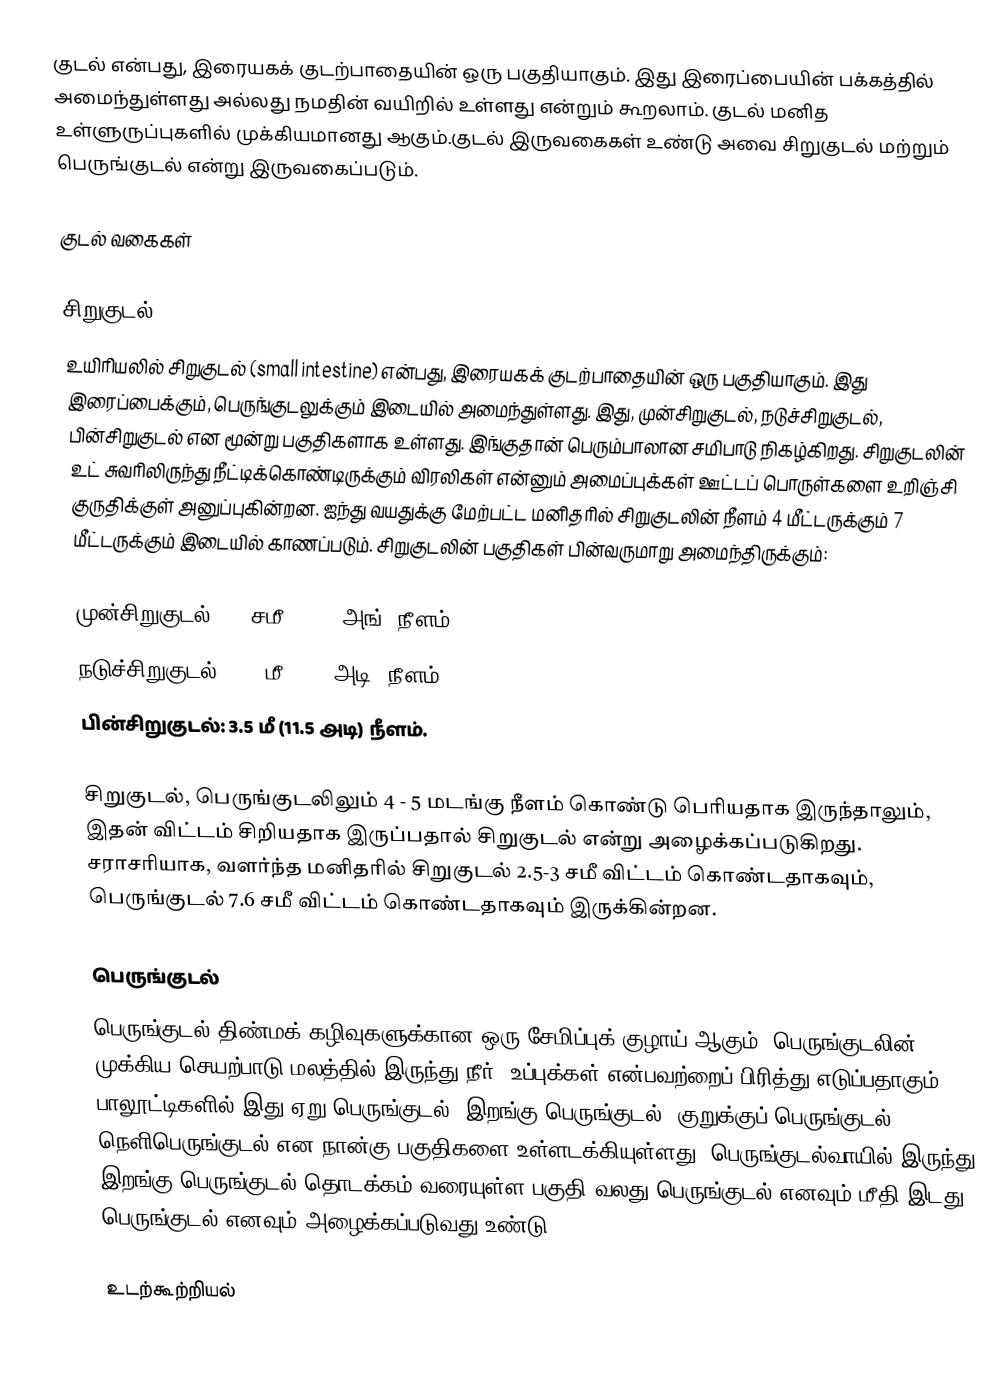
குடல் என்பது, இரையகக் குடற்பாதையின் ஒரு பகுதியாகும். இது இரைப்பையின் பக்கத்தில் அமைந்துள்ளது அல்லது நமதின் வயிறில் உள்ளது என்றும் கூறலாம். குடல் மனித உள்ளுருப்புகளில் முக்கியமானது ஆகும்.குடல் இருவகைகள் உண்டு அவை சிறுகுடல் மற்றும் பெருங்குடல் என்று இருவகைப்படும்.

குடல் வகைகள்

சிறுகுடல்
உயிரியலில் சிறுகுடல் (small intestine) என்பது, இரையகக் குடற்பாதையின் ஒரு பகுதியாகும். இது இரைப்பைக்கும், பெருங்குடலுக்கும் இடையில் அமைந்துள்ளது. இது, முன்சிறுகுடல், நடுச்சிறுகுடல், பின்சிறுகுடல் என மூன்று பகுதிகளாக உள்ளது. இங்குதான் பெரும்பாலான சமிபாடு நிகழ்கிறது. சிறுகுடலின் உட் சுவரிலிருந்து நீட்டிக்கொண்டிருக்கும் விரலிகள் என்னும் அமைப்புக்கள் ஊட்டப் பொருள்களை உறிஞ்சி குருதிக்குள் அனுப்புகின்றன. ஐந்து வயதுக்கு மேற்பட்ட மனிதரில் சிறுகுடலின் நீளம் 4 மீட்டருக்கும் 7 மீட்டருக்கும் இடையில் காணப்படும். சிறுகுடலின் பகுதிகள் பின்வருமாறு அமைந்திருக்கும்:

 முன்சிறுகுடல்: 26 சமீ (9.84 அங்) நீளம்.
 நடுச்சிறுகுடல்: 2.5 மீ (8.2 அடி) நீளம்.
 பின்சிறுகுடல்: 3.5 மீ (11.5 அடி) நீளம்.

சிறுகுடல், பெருங்குடலிலும் 4 - 5 மடங்கு நீளம் கொண்டு பெரியதாக இருந்தாலும், இதன் விட்டம் சிறியதாக இருப்பதால் சிறுகுடல் என்று அழைக்கப்படுகிறது. சராசரியாக, வளர்ந்த மனிதரில் சிறுகுடல் 2.5-3 சமீ விட்டம் கொண்டதாகவும், பெருங்குடல் 7.6 சமீ விட்டம் கொண்டதாகவும் இருக்கின்றன.

பெருங்குடல்
பெருங்குடல் திண்மக் கழிவுகளுக்கான ஒரு சேமிப்புக் குழாய் ஆகும். பெருங்குடலின் முக்கிய செயற்பாடு மலத்தில் இருந்து நீர், உப்புக்கள் என்பவற்றைப் பிரித்து எடுப்பதாகும். பாலூட்டிகளில் இது ஏறு பெருங்குடல், இறங்கு பெருங்குடல், குறுக்குப் பெருங்குடல், நெளிபெருங்குடல் என நான்கு பகுதிகளை உள்ளடக்கியுள்ளது. பெருங்குடல்வாயில் இருந்து இறங்கு பெருங்குடல் தொடக்கம் வரையுள்ள பகுதி வலது பெருங்குடல் எனவும் மீதி இடது பெருங்குடல் எனவும் அழைக்கப்படுவது உண்டு.

உடற்கூற்றியல்